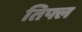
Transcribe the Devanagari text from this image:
तिफ्ल